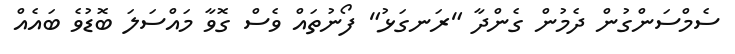
ސެމްސަންގުން ދެމުން ގެންދާ "ރަނގަޅު" ފޯނުތައް ވެސް ގޮވާ މައްސަލަ ބޮޑުވެ ބައެއް